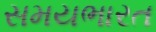
સમયભારત